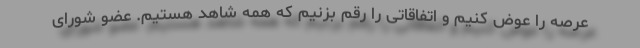
عرصه را عوض کنیم و اتفاقاتی را رقم بزنیم که همه شاهد هستیم. عضو شورای